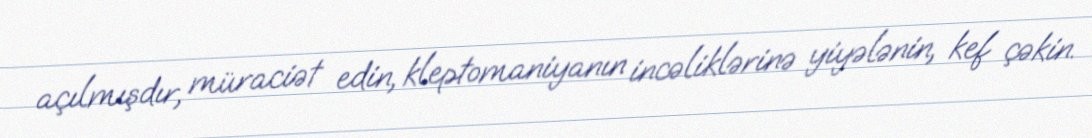
açılmışdır, müraciət edin, kleptomaniyanın incəliklərinə yiyələnin, kef çəkin.